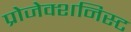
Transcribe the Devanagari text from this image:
प्रोजेक्शनिस्ट